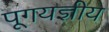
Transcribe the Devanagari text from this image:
पूगयज्ञीय